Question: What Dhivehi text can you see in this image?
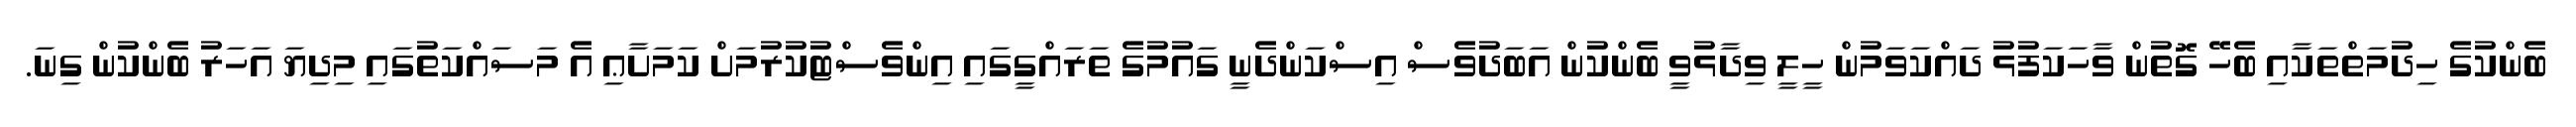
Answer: ބެންކުގެ ހިދުމަތްތަކާއި ބެހޭ ގޮތުން ވާހަކަފުޅު ދައްކަވަމުން ހީލީ ވިދާޅުވީ ބެންކުން އަބަދުވެސް އިސްކަންދެނީ ގައުމުގެ ތަރައްގީގައި އިންވެސްޓުކުރުމަށް ކަމަށާޢި އެ މަސައްކަތުގައި މިދިޔަ އަހަރު ބެންކުން ގިނަ.